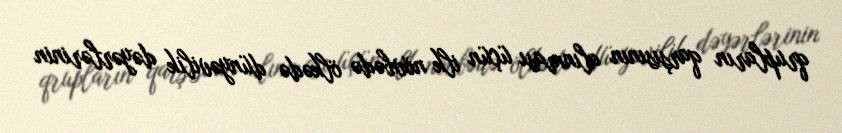
qrupların qarşısının alınması üçün ilk növbədə ölkədə dünyəvilik dəyərlərinin